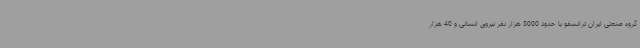
گروه صنعتی ایران ترانسفو با حدود 5000 هزار نفر نیروی انسانی و 40 هزار